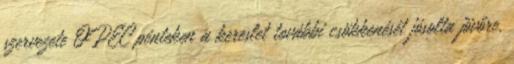
szervezete OPEC pénteken a kereslet további csökkenését jósolta jövőre.